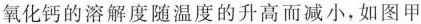
氧化钙的溶解度随温度的升高而减小，如图甲